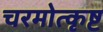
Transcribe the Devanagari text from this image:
चरमोत्कृष्ट